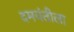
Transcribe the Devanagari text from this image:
दमयंतीला